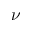
\nu